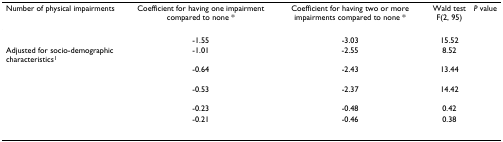
<table><thead><tr><td><b>Number of physical impairments</b></td><td><b>Coefficient for having one impairment compared to none *</b></td><td><b>Coefficient for having two or more impairments compared to none *</b></td><td><b>Wald testF(2, 95)</b></td><td><b><i>P </i>value</b></td></tr></thead><tbody><tr><td>[EMPTY_CELL]</td><td>-1.55</td><td>-3.03</td><td>15.52</td><td>[EMPTY_CELL]</td></tr><tr><td>Adjusted for socio-demographic characteristics<sup>1</sup></td><td>-1.01</td><td>-2.55</td><td>8.52</td><td>[EMPTY_CELL]</td></tr><tr><td>[EMPTY_CELL]</td><td>-0.64</td><td>-2.43</td><td>13.44</td><td>[EMPTY_CELL]</td></tr><tr><td>[EMPTY_CELL]</td><td>-0.53</td><td>-2.37</td><td>14.42</td><td>[EMPTY_CELL]</td></tr><tr><td>[EMPTY_CELL]</td><td>-0.23</td><td>-0.48</td><td>0.42</td><td>[EMPTY_CELL]</td></tr><tr><td>[EMPTY_CELL]</td><td>-0.21</td><td>-0.46</td><td>0.38</td><td>[EMPTY_CELL]</td></tr></tbody></table>